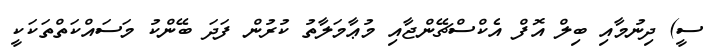
ސީ) ދިނުމާއި ބިލް އޮފް އެކްސްޗޭންޖާއި މުޢާމަލާތު ކުރުން ފަދަ ބޭންކު މަސައްކަތްތަކަކީ